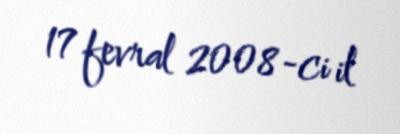
17 fevral 2008-ci il